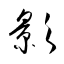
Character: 顥